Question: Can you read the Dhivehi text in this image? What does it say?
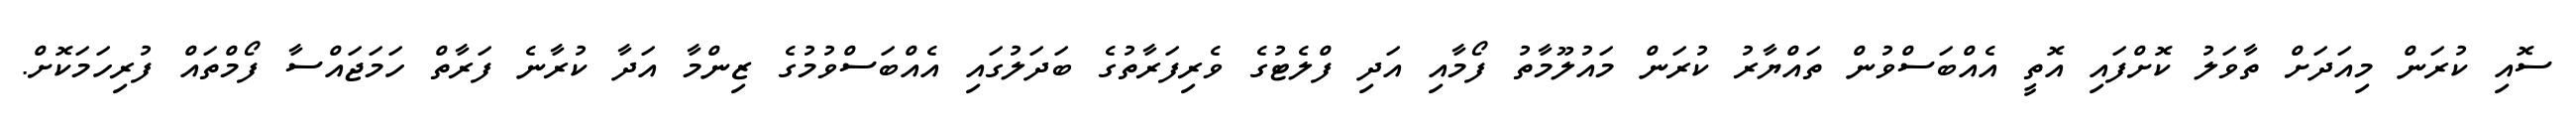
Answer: ސޮއި ކުރަން މިއަދަށް ތާވަލު ކޮށްފައި އޮތީ އެއްބަސްވުން ތައްޔާރު ކުރަން މައުލޫމާތު ފޯމާއި އަދި ފްލެޓުގެ ވެރިފަރާތުގެ ބަދަލުގައި އެއްބަސްވުމުގެ ޒިންމާ އަދާ ކުރާނެ ފަރާތް ހަމަޖައްސާ ފޯމްތައް ފުރިހަމަކޮށް.